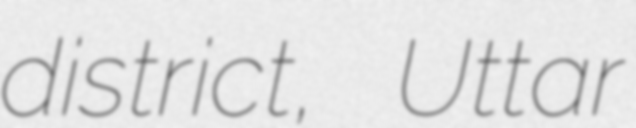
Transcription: district, Uttar